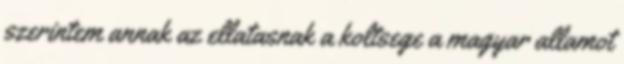
szerintem annak az ellatasnak a koltsege a magyar allamot